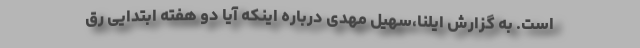
است. به گزارش ایلنا،سهیل مهدی درباره اینکه آیا دو هفته ابتدایی رق